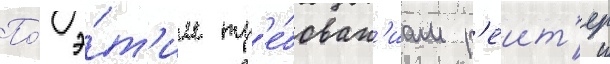
По́ э́т'им тр'е́бован'иам р'еит'ер